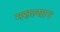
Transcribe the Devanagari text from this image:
नसल्यान